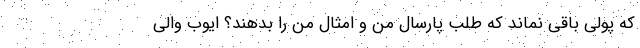
که پولی باقی نماند که طلب پارسال من و امثال من را بدهند؟ ایوب والی